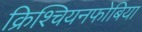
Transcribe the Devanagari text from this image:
क्रिश्चियनफोबिया